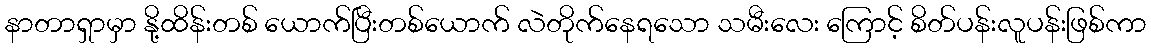
နာတာရှာမှာ နို့ထိန်းတစ် ယောက်ပြီးတစ်ယောက် လဲတိုက်နေရသော သမီးလေး ကြောင့် စိတ်ပန်းလူပန်းဖြစ်ကာ